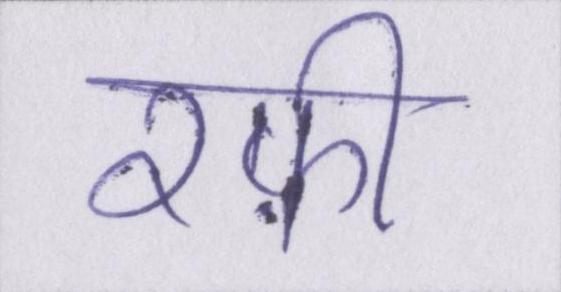
रफ़ी